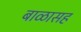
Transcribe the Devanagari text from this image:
बाळासह